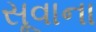
સૂવાના